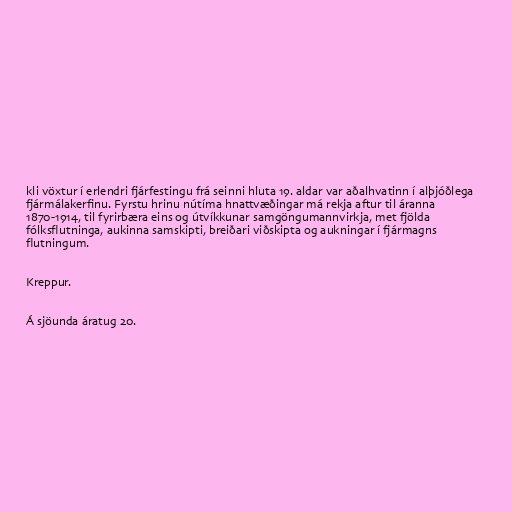
kli vöxtur í erlendri fjárfestingu frá seinni hluta 19. aldar var aðalhvatinn í alþjóðlega
fjármálakerfinu. Fyrstu hrinu nútíma hnattvæðingar má rekja aftur til áranna
1870-1914, til fyrirbæra eins og útvíkkunar samgöngumannvirkja, met fjölda
fólksflutninga, aukinna samskipti, breiðari viðskipta og aukningar í fjármagns
flutningum.

Kreppur.

Á sjöunda áratug 20.